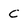
Character: C